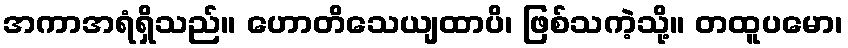
အကာအရံရှိသည်။ ဟောတိသေယျထာပိ၊ ဖြစ်သကဲ့သို့။ တထူပမော၊